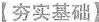
【夯实基础】